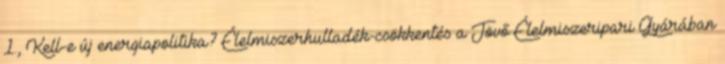
1., Kell-e új energiapolitika? Élelmiszerhulladék-csökkentés a Jövő Élelmiszeripari Gyárában